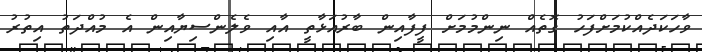
ވާހަކަދެއްކުމަށްފަހު ގޮތެއް ނިންމުމަށް ފީފާއިން ބާރުއަޅާތީ އާއި ވެލެންސިޔާއިން އެ މުއްދަތު އިތުރު